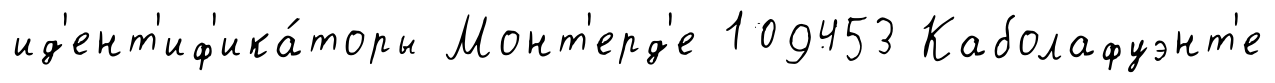
ид'ент'иф'ика́торы Монт'ерд'е 109453 Каболафуэнт'е